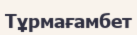
Тұрмағамбет